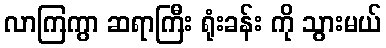
လာကြကွာ ဆရာကြီး ရုံးခန်း ကို သွားမယ်